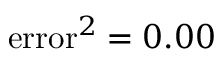
\mathrm { e r r o r } ^ { 2 } = 0 . 0 0